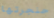
حنجرتها